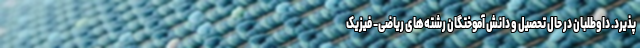
‌پذیرد. داوطلبان در حال تحصیل و دانش آموختگان رشته‌های ریاضی-‌ فیزیک